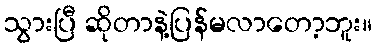
သွားပြီ ဆိုတာနဲ့ပြန်မလာတော့ဘူး။